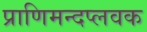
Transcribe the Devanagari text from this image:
प्राणिमन्दप्लवक